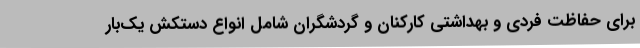
برای حفاظت فردی و بهداشتی کارکنان و گردشگران شامل انواع دستکش یک‌بار